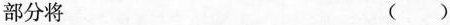
部分将 ( )